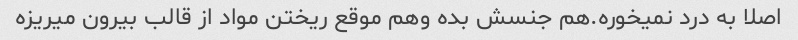
اصلا به درد نمیخوره.هم جنسش بده وهم موقع ریختن مواد از قالب بیرون میریزه